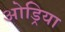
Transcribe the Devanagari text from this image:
ओड्रिया